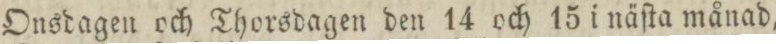
Onsdagen och Thorsdagen den 14 och 15 i näſta månad,